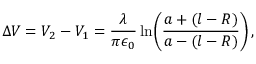
\Delta V = V _ { 2 } - V _ { 1 } = \frac { \lambda } { \pi \epsilon _ { 0 } } \ln \! \left( \frac { a + ( l - R ) } { a - ( l - R ) } \right) ,